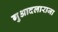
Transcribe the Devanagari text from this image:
गुआदलाराजा